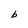
Character: b